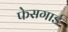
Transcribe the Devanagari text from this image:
फेसगार्ड